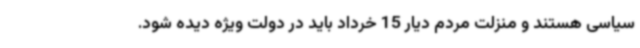
سیاسی هستند و منزلت مردم دیار 15 خرداد باید در دولت ویژه دیده شود.